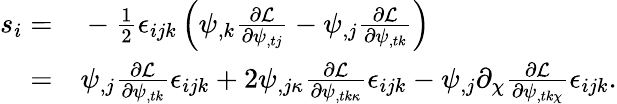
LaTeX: \begin{array}{rl}{s_{i}=}&{{}-\frac 12\epsilon_{ijk}\left(\psi_{,k}\frac{\partial\mathcal{L}}{\partial\psi_{,tj}}-\psi_{,j}\frac{\partial\mathcal{L}}{\partial\psi_{,tk}}\right)}\\ {=}&{{}\psi_{,j}\frac{\partial\mathcal{L}}{\partial\psi_{,tk}}\epsilon_{ijk}+2\psi_{,j\kappa}\frac{\partial\mathcal{L}}{\partial\psi_{,tk\kappa}}\epsilon_{ijk}-\psi_{,j}\partial_{\chi}\frac{\partial\mathcal{L}}{\partial\psi_{,tk\chi}}\epsilon_{ijk}.}\end{array}